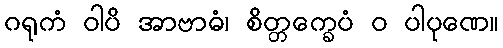
ဂရုကံ ဝါပိ အာဗာဓံ၊ စိတ္တက္ခေပံ ဝ ပါပုဏေ။